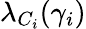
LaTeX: \lambda_{C_{i}}(\gamma_{i})